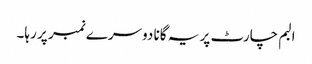
البم چارٹ پر یہ گانا دوسرے نمبر پر رہا۔